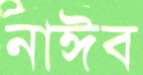
নাঈব